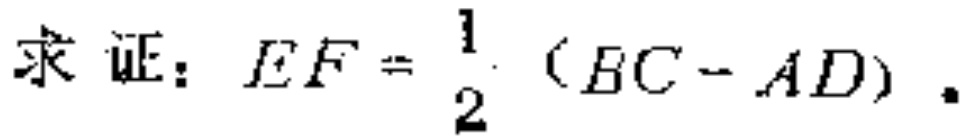
求证：$EF = \dfrac{1}{2}(BC - AD)$。